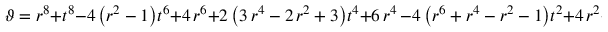
\vartheta = r ^ { 8 } + t ^ { 8 } - 4 \, { \left( r ^ { 2 } - 1 \right) } t ^ { 6 } + 4 \, r ^ { 6 } + 2 \, { \left( 3 \, r ^ { 4 } - 2 \, r ^ { 2 } + 3 \right) } t ^ { 4 } + 6 \, r ^ { 4 } \, - 4 \, { \left( r ^ { 6 } + r ^ { 4 } - r ^ { 2 } - 1 \right) } t ^ { 2 } + 4 \, r ^ { 2 } + 1